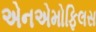
એનએમોફિલસ